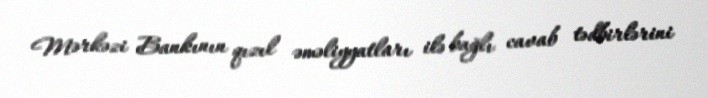
Mərkəzi Bankının qızıl əməliyyatları ilə bağlı cavab tədbirlərini